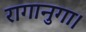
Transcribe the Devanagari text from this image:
रागानुगा।